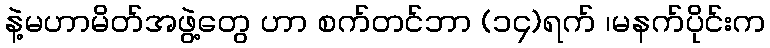
နဲ့မဟာမိတ်အဖွဲ့တွေ ဟာ စက်တင်ဘာ (၁၄)ရက် ၊မနက်ပိုင်းက